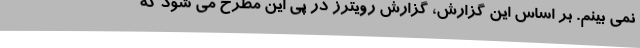
نمی بینم. بر اساس این گزارش، گزارش رویترز در پی این مطرح می شود که